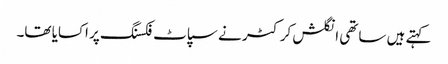
کہتے ہیں ساتھی انگلش کرکٹر نے سپاٹ فکسنگ پر اکسایا تھا۔